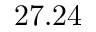
2 7 . 2 4